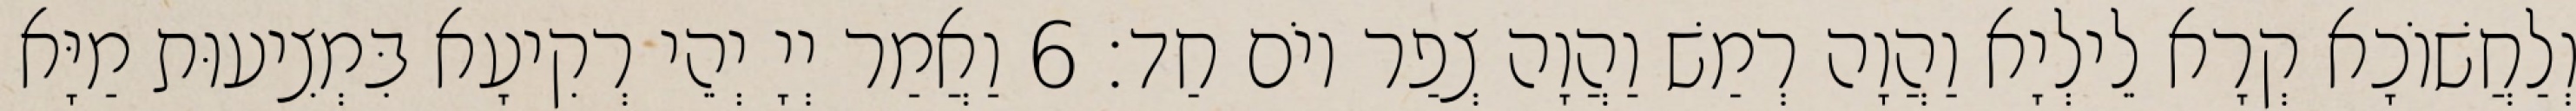
וְלַחֲשׁוֹכָא קְרָא לֵילְיָא וַהֲוָה רְמַשׁ וַהֲוָה צְפַר יוֹם חַד׃ 6 וַאֲמַר יְיָ יְהֵי רְקִיעָא בִּמְצִיעוּת מַיָּא